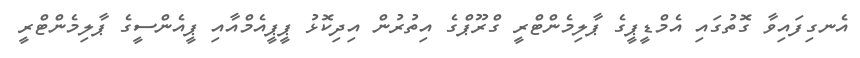
އެނގިފައިވާ ގޮތުގައި އެމްޑީޕީގެ ޕާލިމެންޓްރީ ގްރޫޕްގެ އިތުރުން އިދިކޮޅު ޕީޕީއެމްއާއި ޕީއެންސީގެ ޕާލިމެންޓްރީ